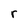
Character: r